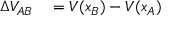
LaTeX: \begin{array} { r l } { \Delta V _ { A B } } & { { } = V ( x _ { B } ) - V ( x _ { A } ) } \end{array}